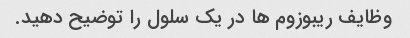
وظایف ریبوزوم ها در یک سلول را توضیح دهید.